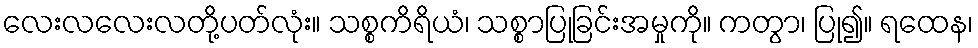
လေးလလေးလတို့ပတ်လုံး။ သစ္စကိရိယံ၊ သစ္စာပြုခြင်းအမှုကို။ ကတွာ၊ ပြု၍။ ရထေန၊